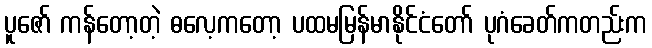
ပူဇော် ကန်တော့တဲ့ ဓလေ့ကတော့ ပထမမြန်မာနိုင်ငံတော် ပုဂံခေတ်ကတည်းက